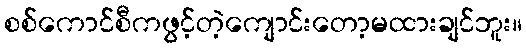
စစ်ကောင်စီကဖွင့်တဲ့ကျောင်းတော့မထားချင်ဘူး။